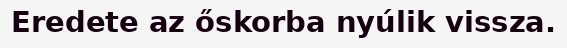
Eredete az őskorba nyúlik vissza.